Mental hospitals Bombay report 1929-33 - 1929-1933
Year: 1929
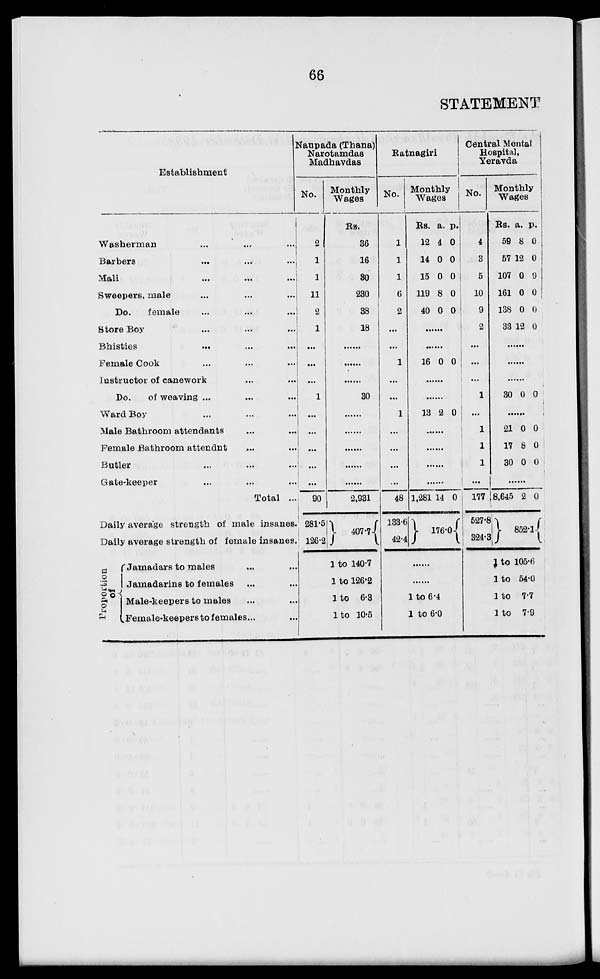
66
STATEMENT
Establishment
Washerman ... ... ...
Barbers... ... ...
Mali... ... ...
Sweepers, male ... ... ...
Do.
female ... ... ...
Store Boy ... ... ...
Bhisties
... ... ...
Female Cook ... ... ...
Instructor of canework ... ...
Do.
of weaving ... ... ...
Ward Boy ... ... ...
Male Bathroom attendants ... ...
Female Bathroom attendnt ... ...
Butler ... ... ...
Gate-keeper ... ... ...
Total ...
Daily average strength of male insanes
Daily average strength of female insanes
Proportion
of
Jamadars to males ... ...
Jamadarins to females ... ...
Male-keepers to males ... ...
Female-keepers to females... ...
Naupada (Thana)
Narotamdas
Madhavdas
No.
2
1
1
11
2
1
1
...
...
1
...
...
...
...
...
90
281.5
126.2
Monthly
Wages
Rs.
36
16
30
230
38
18
...
...
...
30
...
...
...
...
...
2,931
407.7
1 to 140.7
1 to 126.2
1 to 6.3
l to 10.5
Ratnagiri
No.
1
1
1
6
2
...
...
1
...
...
1
...
...
...
...
48
133.6
42.4
Monthly
Wages
Rs.
12
14
15
119
40
a.
4
0
0
8
0
p
0
0
0
0
0
......
......
16 0 0
......
......
13 2 0
......
......
......
......
1,281 14 0
176.0
......
......
1 to 6.4
1 to 6.0
Central Mental
Hospital,
Yeravda
No.
4
3
5
10
9
2
...
...
...
1
...
1
1
1
...
177
527.8
324.3
Monthly
Wages
Rs.
59
57
107
161
138
33
a.
8
12
0
0
0
12
p.
0
0
0
0
0
0
......
......
......
30 0 0
......
21
17
30
0
8
0
0
0
0
......
8,645 2 0
852.1
1 to 105.6
l to 54.0
1 to 7.7
1 to 7.9